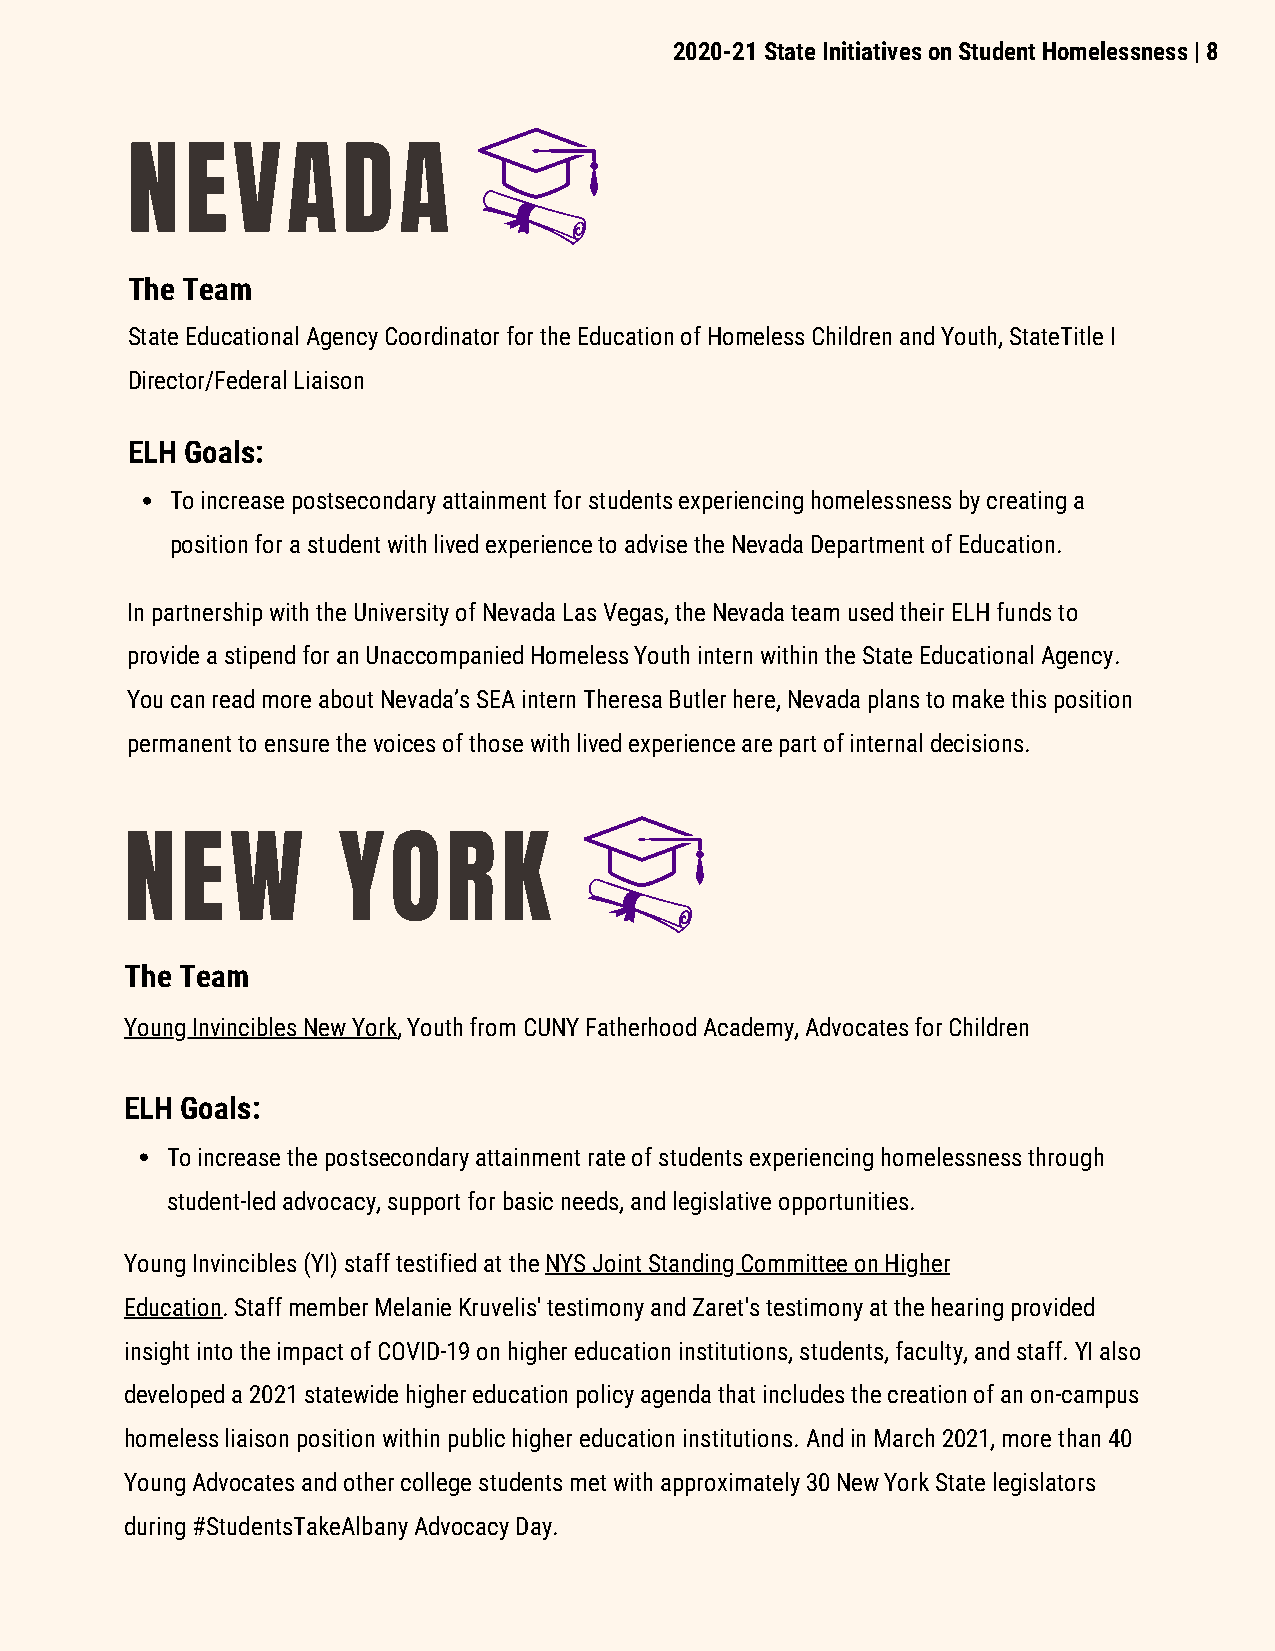
2020-21 State Initiatives on Student Homelessness | 8
 NEVADA
 The Team
 State Educational Agency Coordinator for the Education of Homeless Children and Youth, StateTitle I
 Director/Federal Liaison
 ELH Goals:
 To increase postsecondary attainment for students experiencing homelessness by creating a
 position for a student with lived experience to advise the Nevada Department of Education.
 In partnership with the University of Nevada Las Vegas, the Nevada team used their ELH funds to
 provide a stipend for an Unaccompanied Homeless Youth intern within the State Educational Agency.
 You can read more about Nevada’s SEA intern Theresa Butler here, Nevada plans to make this position
 permanent to ensure the voices of those with lived experience are part of internal decisions.
 NEW           YORK
 The Team
 Young Invincibles New York, Youth from CUNY Fatherhood Academy, Advocates for Children
 ELH Goals:
 To increase the postsecondary attainment rate of students experiencing homelessness through
 student-led advocacy, support for basic needs, and legislative opportunities.
 Young Invincibles (YI) staff testified at the NYS Joint Standing Committee on Higher
 Education. Staff member Melanie Kruvelis' testimony and Zaret's testimony at the hearing provided
 insight into the impact of COVID-19 on higher education institutions, students, faculty, and staff. YI also
 developed a 2021 statewide higher education policy agenda that includes the creation of an on-campus
 homeless liaison position within public higher education institutions. And in March 2021, more than 40
 Young Advocates and other college students met with approximately 30 New York State legislators
 during #StudentsTakeAlbany Advocacy Day.